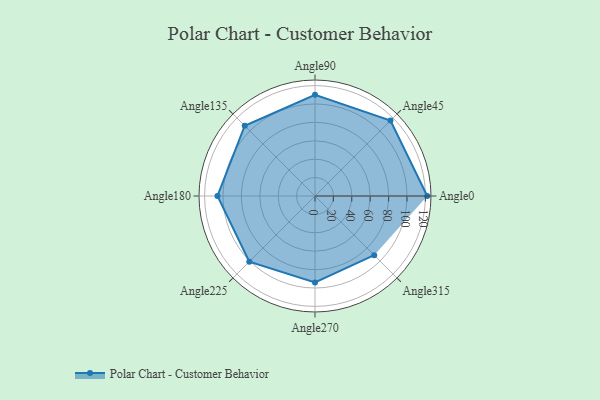
{"axis": {"x": "Angle", "y": "Radius"}, "legend": [""], "data": [{"x": "Angle0", "y": 122.0, "type": ""}, {"x": "Angle45", "y": 116.0, "type": ""}, {"x": "Angle90", "y": 110.0, "type": ""}, {"x": "Angle135", "y": 108.0, "type": ""}, {"x": "Angle180", "y": 106.0, "type": ""}, {"x": "Angle225", "y": 101.0, "type": ""}, {"x": "Angle270", "y": 94.0, "type": ""}, {"x": "Angle315", "y": 91.0, "type": ""}]}